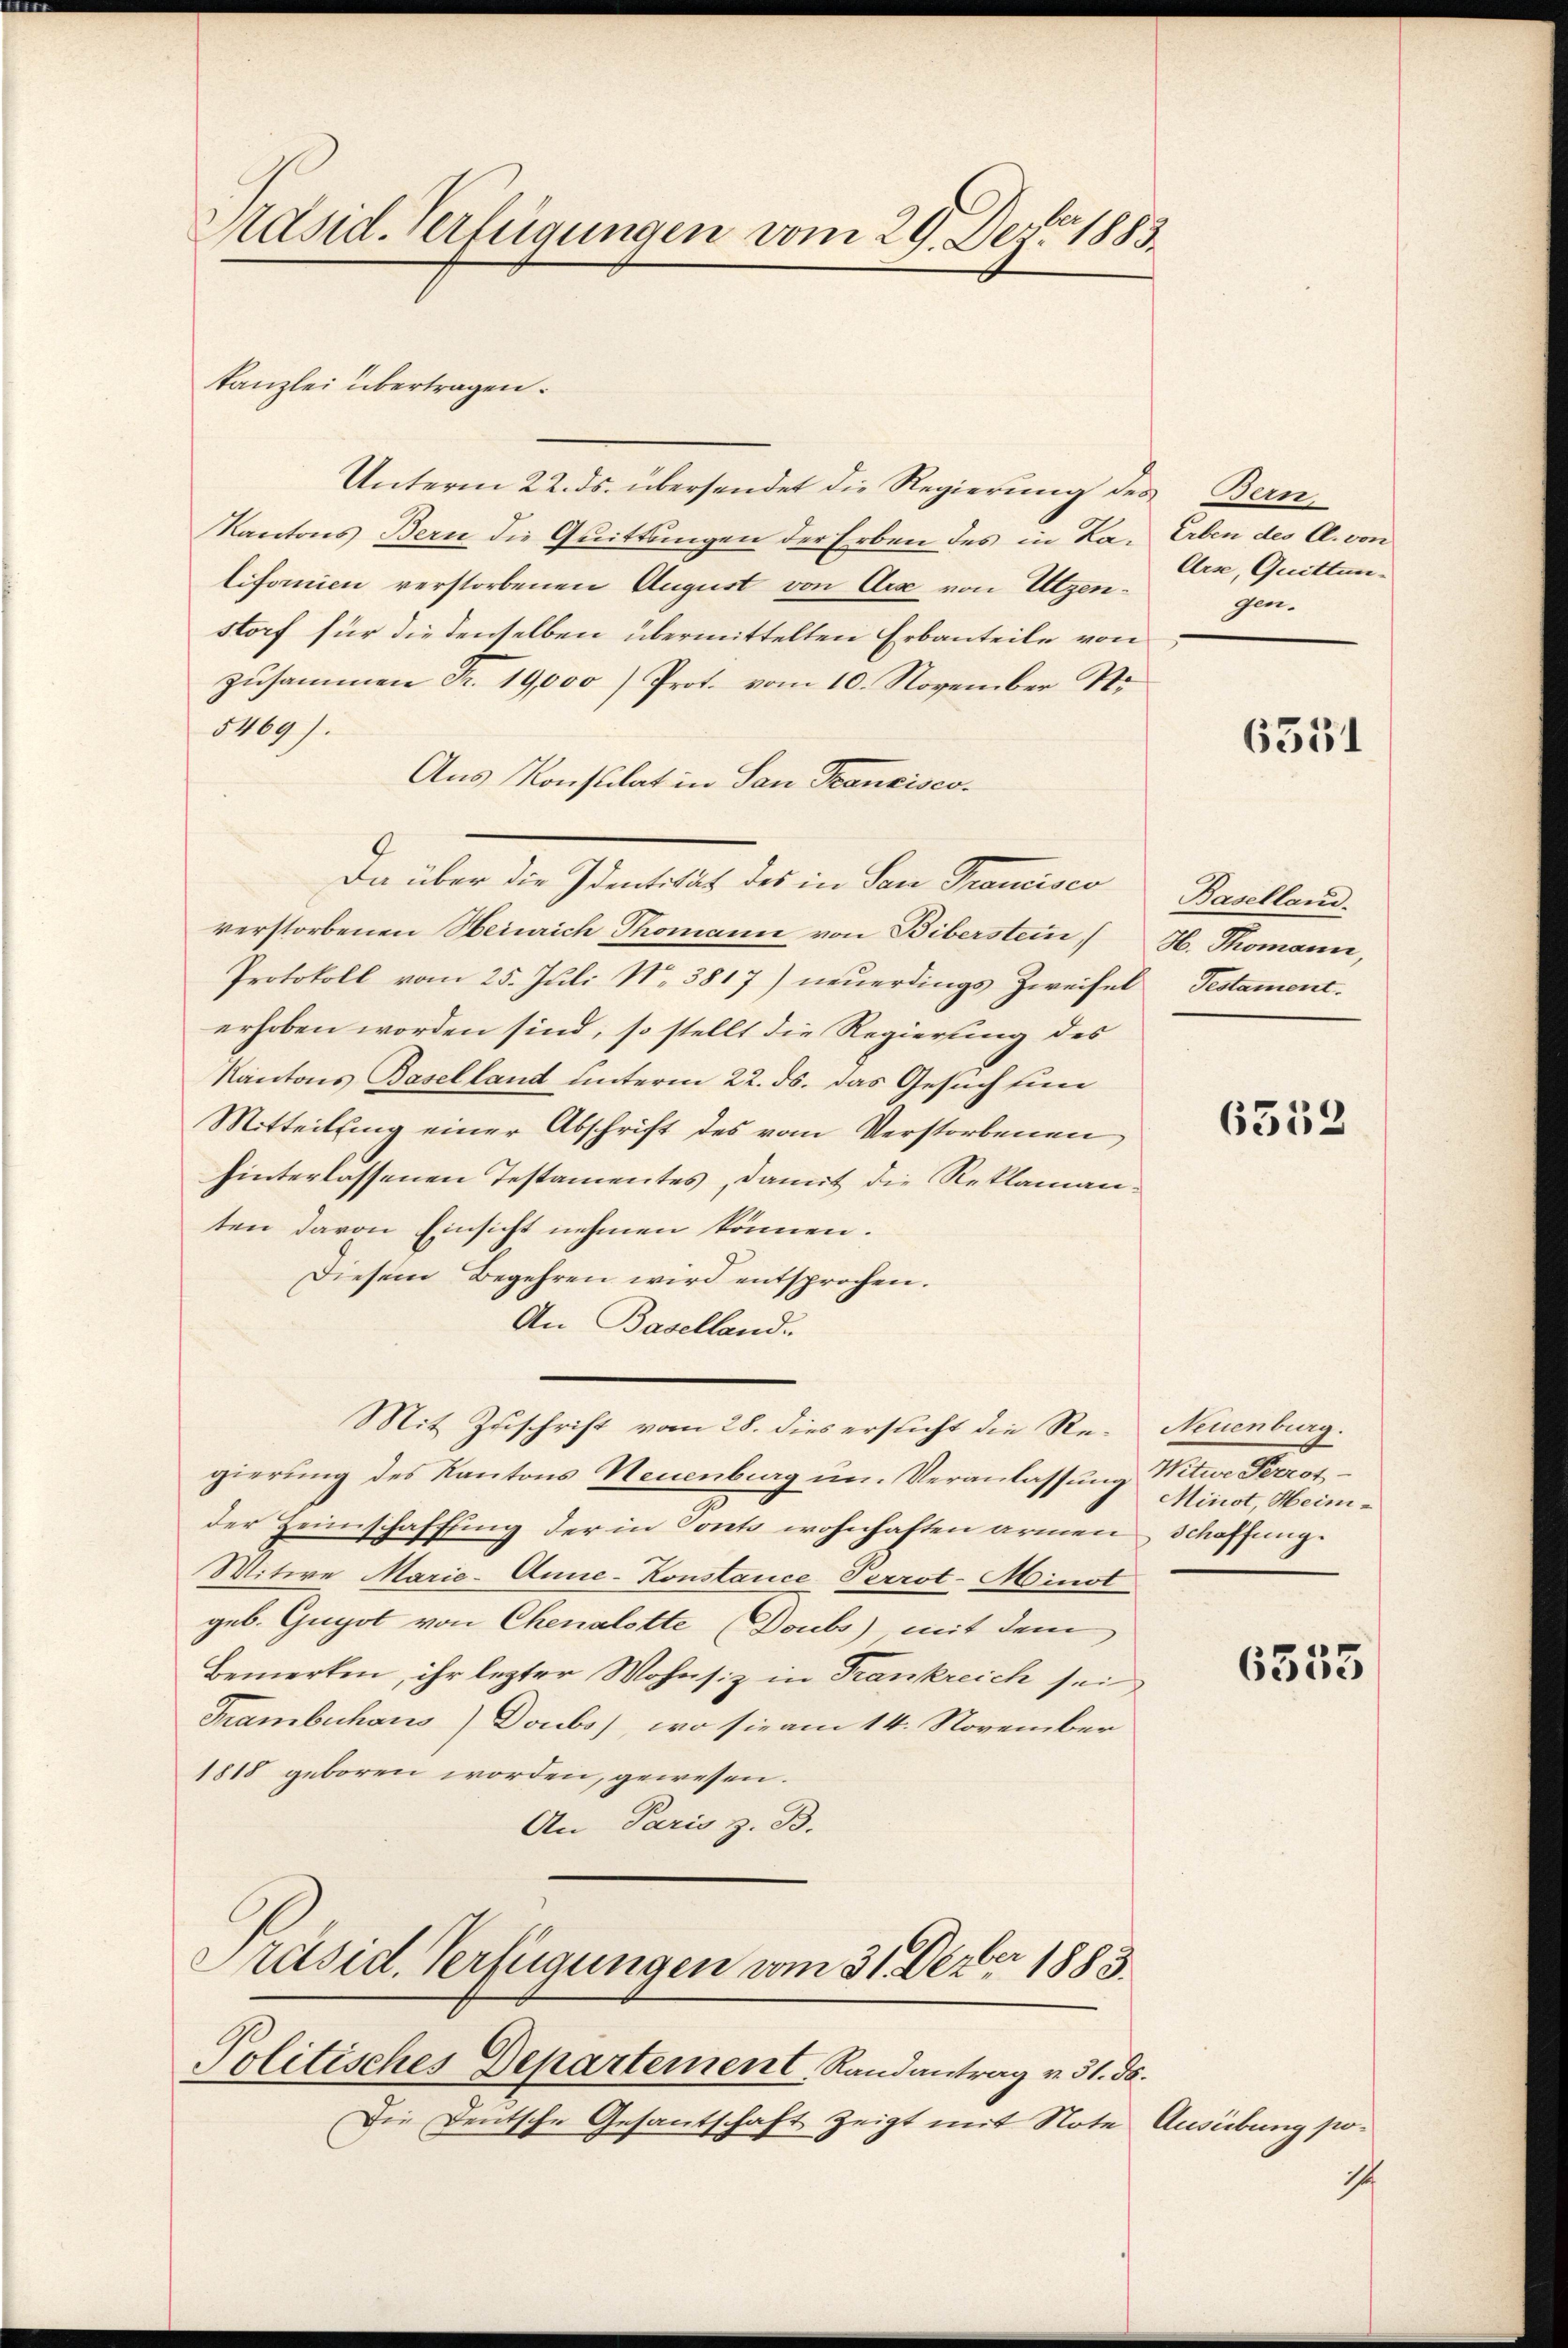
Präsid. Verfügungen vom 29. Dez. 1883.

kanzlei übertragen.

Unterm 22. ds. übersendet die Regierung des Bern,
Kantons Bern die Quittungen der Erben des in Kalifornien verstorbenen August von Arx von Utzenstorf für die denselben übermittelten Erbanteile von
zusammen Fr. 19,000) Prot. vom 10. November St.
5469).
Aus Konsulat in San Francisco-
9
Da über die Identität des in San Francisco
verstorbenen Heinrich Thomann von Biberstein, (H. Thomann,
Protokoll vom 25. Juli Nr. 3817) neuerdings Zweifel Testament.
erhoben worden sind, so stellt die Regierung des
Kantons Baselland unterm 22. ds. das Gesuch fin
Mitteilung einer Abschrift des vom Verstorbenen
hinterlassenen Testamentes, damit die Reklamanten davon Einsicht nehmen können.
Diesem Begehren wird entsprochen.
An Baselland.
Mit Zuschrift vom 28. dies ersucht die Re- Neuenburg.
gierung des Kantons Neuenburg un. Veranlassung Witwe Perrotder Heimschaffung der in Sont wohnhaften armen Schaffung.
Witwe Marie-Anne-Konstance, Perrot-Minst
geb. Gugot von Chenalotte Doubs) mit dem
Bemerken, ihr lezter Wohnsiz in Trankreich sei
Trambuhaus) Doubs), wo sie am 14. November
1818 geboren worden, gewesen.
An Paris z. B.
Präsid. Verfügungen vom 31. Dezbr 1883.
Politisches Departement, Randantrag v. 31. ds.
Die Deutsche Gesantschaft zeigt mit Note Ausübung po¬

Erben des C. von
Arse, Quittun-
gen.

6551

Baselland.

6533

Minist, Heini¬

6355

1